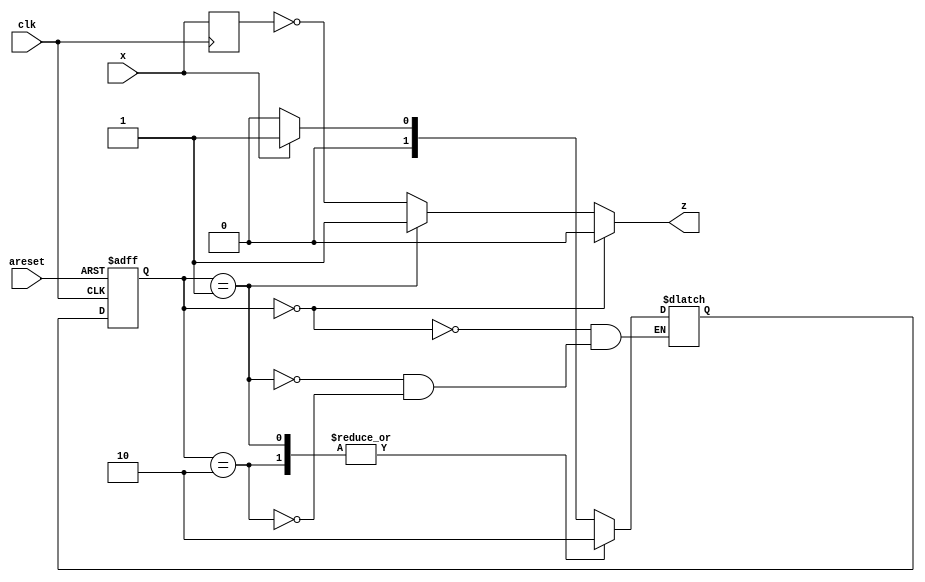
module top_module (
    input clk,
    input areset,
    input x,
    output z
); 
    reg x_reg;
    parameter carry=2'd0, plus1=2'd1, others=2'd2;
    reg [1:0]state, next;
    always@(*)begin
        case(state)
            carry : next = x?plus1:carry;
            plus1 : next = others;
            others: next = others;
        endcase
    end
    always@(posedge clk, posedge areset)begin
        if(areset) state <= carry;
        else state <= next;
    end
    always@(posedge clk)
        x_reg <= x;
    always@(*)begin
        if(state==carry) z=1'b0;
        else if(state==plus1) z=1'b1;
        else z=~x_reg;
    end

endmodule